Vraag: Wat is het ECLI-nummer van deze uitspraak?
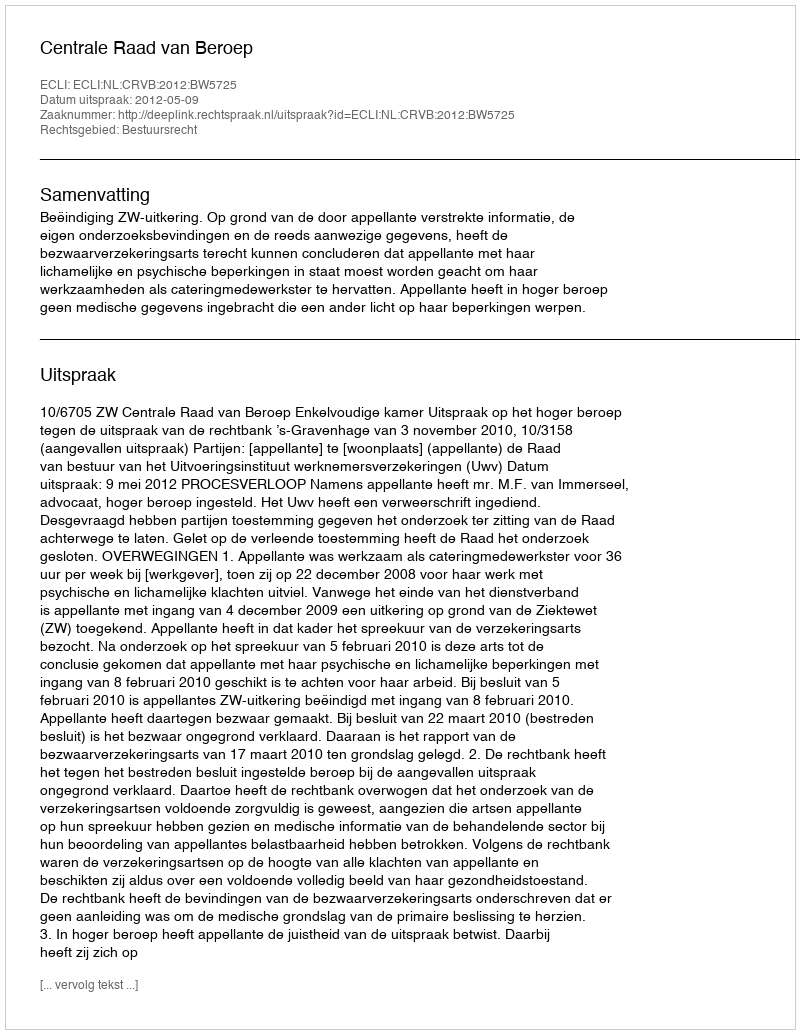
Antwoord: ECLI:NL:CRVB:2012:BW5725